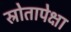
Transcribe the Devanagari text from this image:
स्रोतापेक्षा